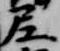
尼